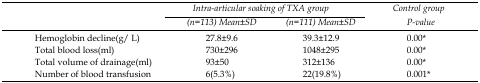
<table><thead><tr><td>[EMPTY_CELL]</td><td colspan="2"><b>Intra-articular soaking of TXA group</b></td><td><b>Control group</b></td></tr><tr><td>[EMPTY_CELL]</td><td><b>(n=113) Mean±SD</b></td><td><b>(n=111) Mean±SD</b></td><td><b>P-value</b></td></tr></thead><tbody><tr><td>Hemoglobin decline(g/L)</td><td>27.8±9.6</td><td>39.3±12.9</td><td>0.00*</td></tr><tr><td>Total blood loss(ml)</td><td>730±296</td><td>1048±295</td><td>0.00*</td></tr><tr><td>Total volume of drainage(ml)</td><td>93±50</td><td>312±136</td><td>0.00*</td></tr><tr><td>Number of blood transfusion</td><td>6(5.3%)</td><td>22(19.8%)</td><td>0.001*</td></tr></tbody></table>